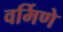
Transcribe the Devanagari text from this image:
वर्मिणे